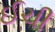
ઈચી